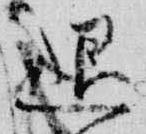
退